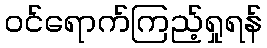
ဝင်ရောက်ကြည့်ရှုရန်